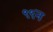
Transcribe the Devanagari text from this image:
९९न